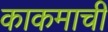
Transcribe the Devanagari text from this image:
काकमाची